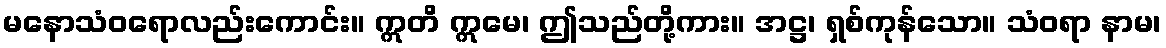
မနောသံဝရောလည်းကောင်း။ ဣတိ ဣမေ၊ ဤသည်တို့ကား။ အဋ္ဌ၊ ရှစ်ကုန်သော။ သံဝရာ နာမ၊